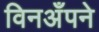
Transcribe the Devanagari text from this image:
विनअँपने